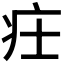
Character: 𤴶